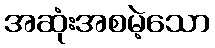
အဆုံးအစမဲ့သော